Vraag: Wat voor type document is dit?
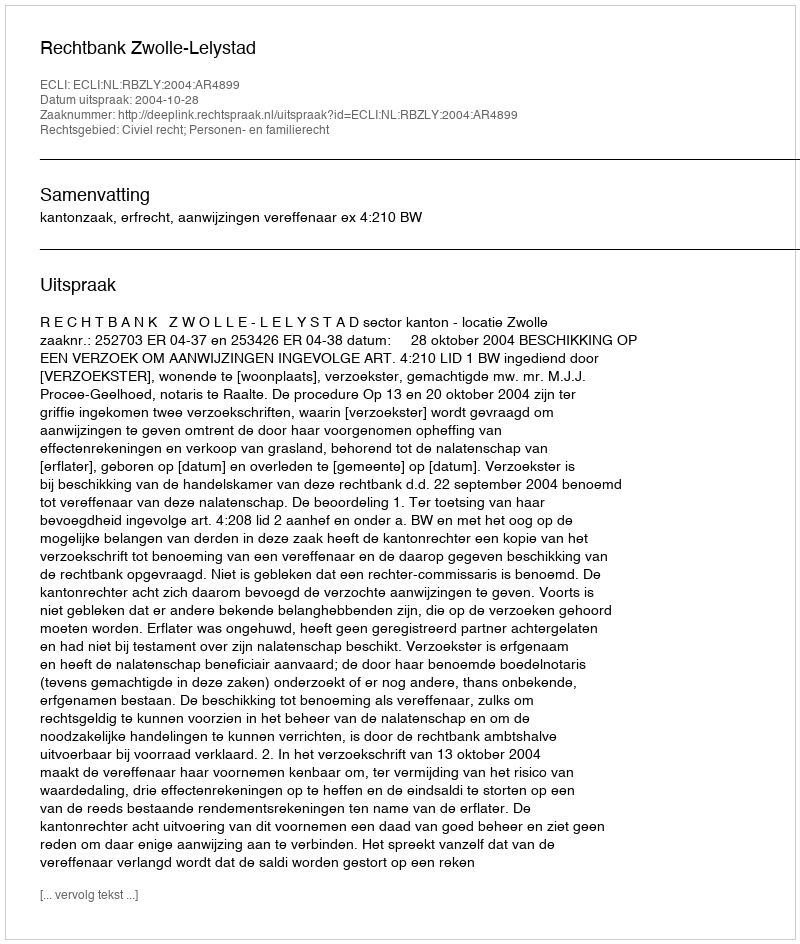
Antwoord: Uitspraak